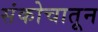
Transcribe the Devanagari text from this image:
संकोचातून